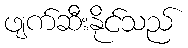
ဖျက်ဆီးနိုင်သည်